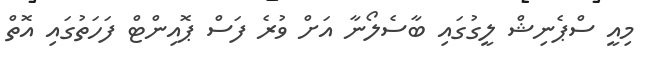
މިއީ ސްޕެނިޝް ލީގުގައި ބާސެލޯނާ އަށް ވުރެ ފަސް ޕޮއިންޓް ފަހަތުގައި އޮތް